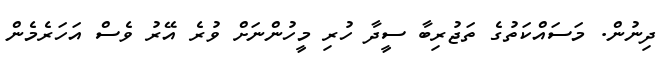
ދިނުން. މަސައްކަތުގެ ތަޖުރިބާ ސީދާ ހުރި މީހުންނަށް ވުރެ އޭރު ވެސް އަހަރެމެން